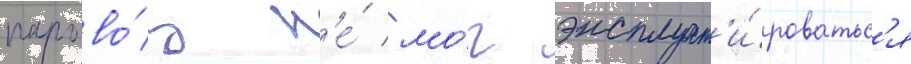
парово́з н'е́ мо́г эксплуат'и́роватьс'я